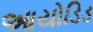
આયોડિડ